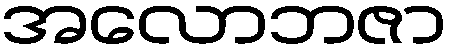
အလောဘဇာ